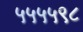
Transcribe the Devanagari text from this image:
५५५५९८